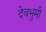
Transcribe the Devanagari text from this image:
देवभुमी